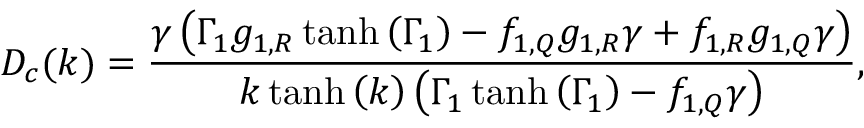
D _ { c } ( k ) = \frac { \gamma \left( \Gamma _ { 1 } g _ { 1 , R } \operatorname { t a n h } { \left( \Gamma _ { 1 } \right) } - f _ { 1 , Q } g _ { 1 , R } \gamma + f _ { 1 , R } g _ { 1 , Q } \gamma \right) } { k \operatorname { t a n h } { \left( k \right) } \left( \Gamma _ { 1 } \operatorname { t a n h } { \left( \Gamma _ { 1 } \right) } - f _ { 1 , Q } \gamma \right) } ,